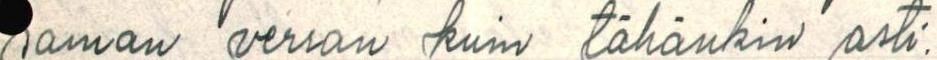
saman verran kuin tähänkin asti.